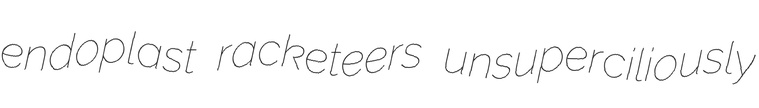
endoplast racketeers unsuperciliously